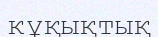
кұқықтық